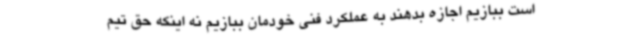
است ببازیم اجازه بدهند به عملکرد فنی خودمان ببازیم نه اینکه حق تیم